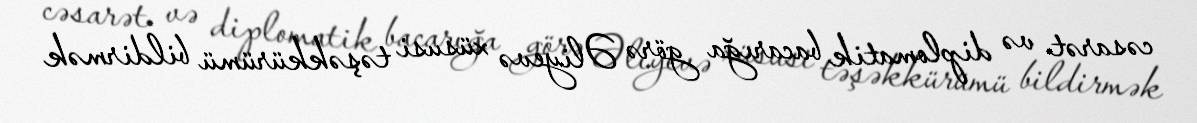
cəsarət və diplomatik bacarığa görə Əliyevə xüsusi təşəkkürümü bildirmək